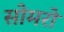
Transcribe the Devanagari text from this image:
सोमरो